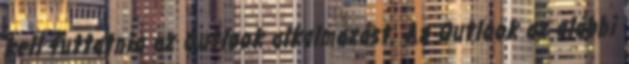
kell futtatnia az Outlook alkalmazást. Az Outlook az alábbi